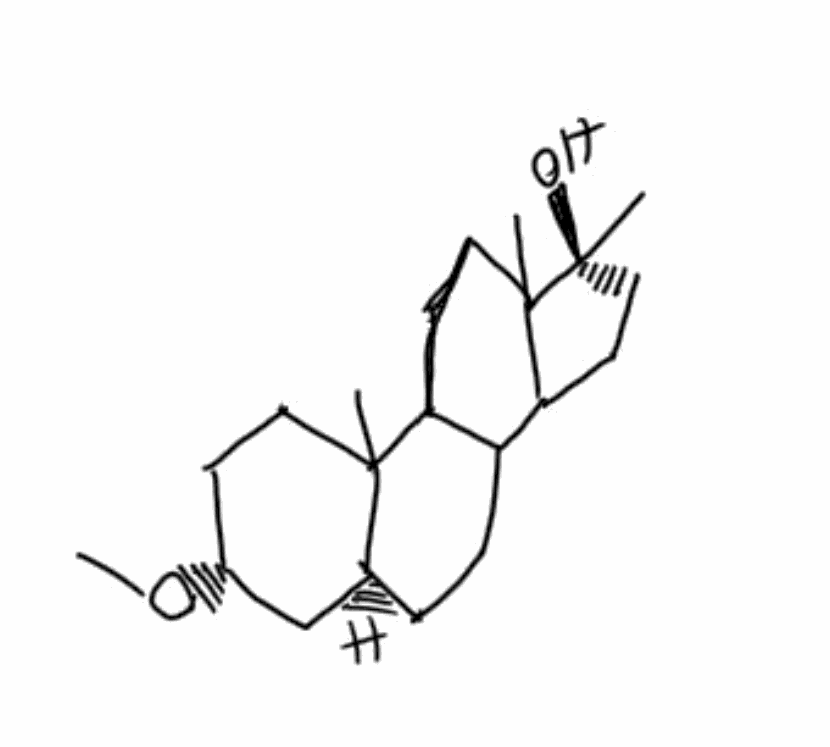
Simplified molecular-input line-entry system (SMILES) notation of the given molecule:
CCCCC(C(N)(O)O)N